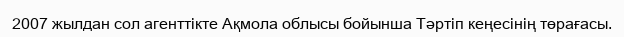
2007 жылдан сол агенттікте Ақмола облысы бойынша Тәртіп кеңесінің төрағасы.